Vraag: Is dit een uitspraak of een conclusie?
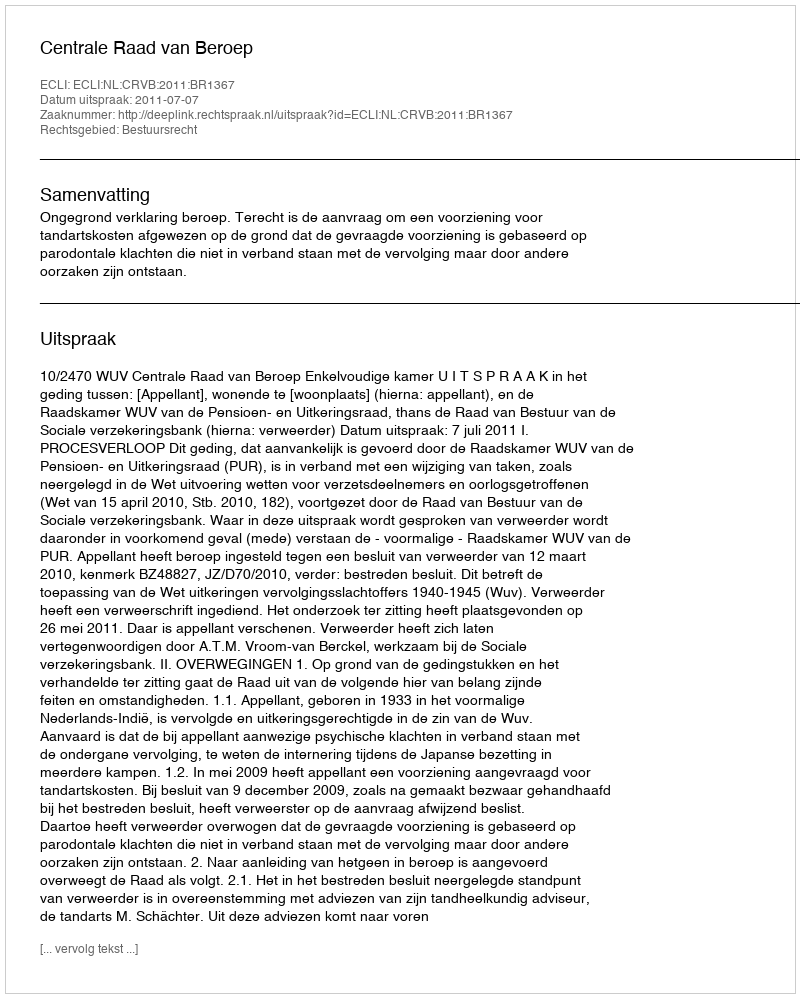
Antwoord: Uitspraak